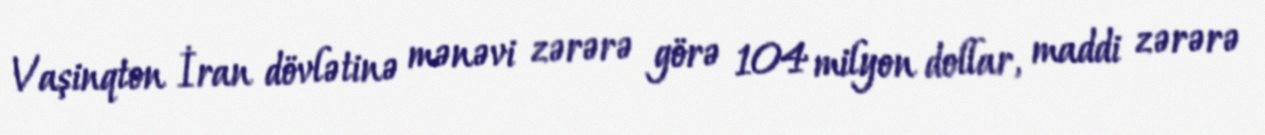
Vaşinqton İran dövlətinə mənəvi zərərə görə 104 milyon dollar, maddi zərərə